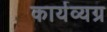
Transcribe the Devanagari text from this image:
कार्यव्यग्र